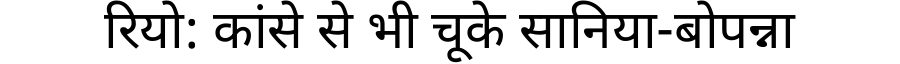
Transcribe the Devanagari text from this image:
रियो: कांसे से भी चूके सानिया-बोपन्ना